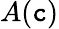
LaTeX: A(\mathtt{c})